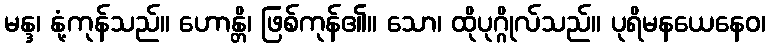
မန္ဒ၊ နုံ့ကုန်သည်။ ဟောန္တိ၊ ဖြစ်ကုန်၏။ သော၊ ထိုပုဂ္ဂိုလ်သည်။ ပုရိမနယေနေဝ၊